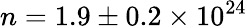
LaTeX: n=1.9\pm 0.2\times 10^{24}